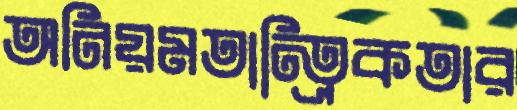
অনিয়মতান্ত্রিকতার